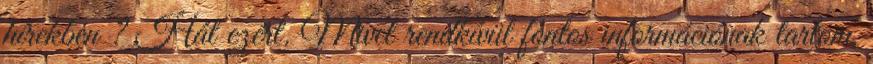
hírekben ? Hát ezért. Mivel rendkívül fontos információnak tartom,